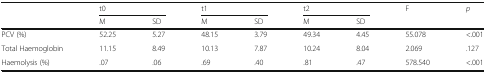
| <ROWSPAN=2>  | <COLSPAN=2> t0 | <COLSPAN=2> t1 | <COLSPAN=2> t2 | <ROWSPAN=2> F | <ROWSPAN=2> p |
 | M | SD | M | SD | M | SD |
 | --- | --- | --- | --- | --- | --- | --- | --- | --- |
 | PCV (%) | 52.25 | 5.27 | 48.15 | 3.79 | 49.34 | 4.45 | 55.078 | <.001 |
 | Total Haemoglobin | 11.15 | 8.49 | 10.13 | 7.87 | 10.24 | 8.04 | 2.069 | .127 |
 | Haemolysis (%) | .07 | .06 | .69 | .40 | .81 | .47 | 578.540 | <.001 |